Report of veterinary surgeon J.H. Steel, A.V.D., on his investigation into an obscure and fatal disease among transport mules in British Burma
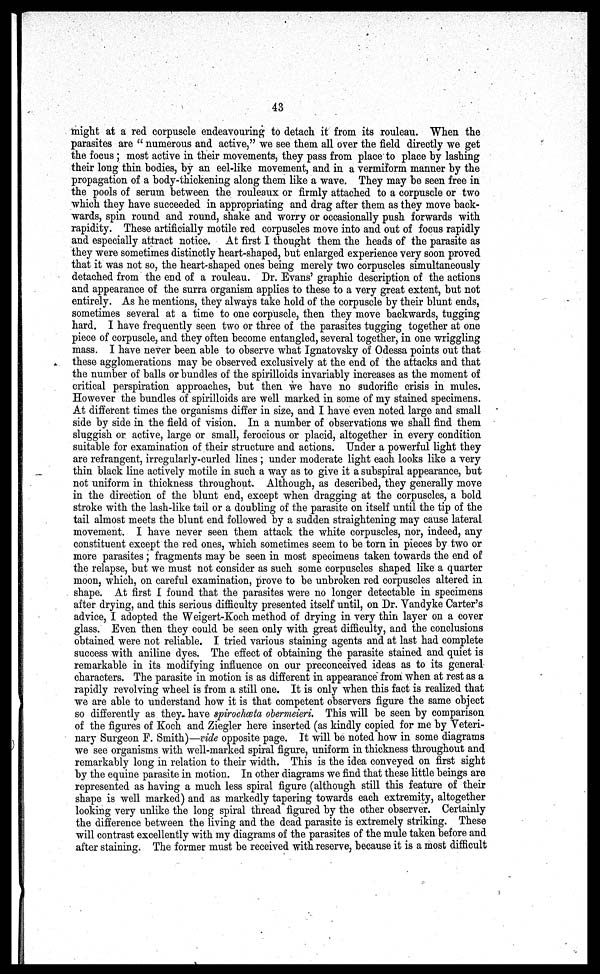
43
might at a red corpuscle endeavouring to detach it from its rouleau. "When the
parasites are " numerous and active," we see them all over the field directly we get
the focus; most active in their movements, they pass from place to place by lashing
their long thin bodies, by an eel-like movement, and in a vermiform manner by the
propagation of a body-thickening along them like a wave. They may be seen free in
the pools of serum between the rouleaux or firmly attached to a corpuscle or two
which they have succeeded in appropriating and drag after them as they move back-
wards, spin round and round, shake and worry or occasionally push forwards with
rapidity. These artificially motile red corpuscles move into and out of focus rapidly
and especially attract notice. At first I thought them the heads of the parasite as
they were sometimes distinctly heart-shaped, but enlarged experience very soon proved
that it was not so, the heart-shaped ones being merely two corpuscles simultaneously
detached from the end of a rouleau. Dr. Evans' graphic description of the actions
and appearance of the surra organism applies to these to a very great extent, but not
entirely. As he mentions, they always take hold of the corpuscle by their blunt ends,
sometimes several at a time to one corpuscle, then they move backwards, tugging
hard. I have frequently seen two or three of the parasites tugging together at one
piece of corpuscle, and they often become entangled, several together, in one wriggling
mass. I have never been able to observe what Ignatovsky of Odessa points out that
these agglomerations may be observed exclusively at the end of the attacks and that
the number of balls or bundles of the spirilloids invariably increases as the moment of
critical perspiration approaches, but then we have no sudorific crisis in mules.
However the bundles of spirilloids are well marked in some of my stained specimens.
At different times the organisms differ in size, and I have even noted large and small
side by side in the field of vision. In a number of observations we shall find them
sluggish or active, large or small, ferocious or placid, altogether in every condition
suitable for examination of their structure and actions. Under a powerful light they
are refrangent, irregularly-curled lines ; under moderate light each looks like a very
thin black line actively motile in such a way as to give it a subspiral appearance, but
not uniform in thickness throughout. Although, as described, they generally move
in the direction of the blunt end, except when dragging at the corpuscles, a bold
stroke with the lash-like tail or a doubling of the parasite on itself until the tip of the
tail almost meets the blunt end followed by a sudden straightening may cause lateral
movement. I have never seen them attack the white corpuscles, nor, indeed, any
constituent except the red ones, which sometimes seem to be torn in pieces by two or
more parasites; fragments may be seen in most specimens taken towards the end of
the relapse, but we must not consider as such some corpuscles shaped like a quarter
moon, which, on careful examination, prove to be unbroken red corpuscles altered in
shape. At first I found that the parasites were no longer detectable in specimens
after drying, and this serious difficulty presented itself until, on Dr. Vandyke Carter's
advice, I adopted the Weigert-Koch method of drying in very thin layer on a cover
glass. Even then they could be seen only with great difficulty, and the conclusions
obtained were not reliable. I tried various staining agents and at last had complete
success with aniline dyes. The effect of obtaining the parasite stained and quiet is
remarkable in its modifying influence on our preconceived ideas as to its general
characters. The parasite in motion is as different in appearance from when at rest as a
rapidly revolving wheel is from a still one. It is only when this fact is realized that
we are able to understand how it is that competent observers figure the same object
so differently as they have 8pirochæta obermeieri. This will be seen by comparison
of the figures of Koch and Ziegler here inserted (as kindly copied for me by Veteri-
nary Surgeon F. Smith)—vide opposite page. It will be noted how in some diagrams
we see organisms with well-marked spiral figure, uniform in thickness throughout and
remarkably long in relation to their width. This is the idea conveyed on first sight
by the equine parasite in motion. In other diagrams we find that these little beings are
represented as having a much less spiral figure (although still this feature of their
shape is well marked) and as markedly tapering towards each extremity, altogether
looking very unlike the long spiral thread figured by the other observer. Certainly
the difference between the living and the dead parasite is extremely striking. These
will contrast excellently with my diagrams of the parasites of the mule taken before and
after staining. The former must be received with reserve, because it is a most difficult